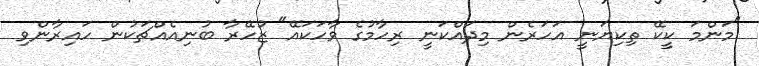
"މަންމަ ކީކޭ ތިކިޔަނީ އަހަރެން މިދައްކަނީ ރިހާމުގެ ވާހަކައޭ" ޒުހޭރާ ބުނިއެއްޗަކުން ހައިރާންވި